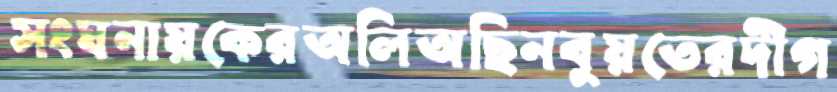
সংঘনায়কেরঅলিঅছিনবুয়তেরদীগ